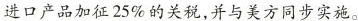
进口产品加征25\%的关税,并与美方同步实施。